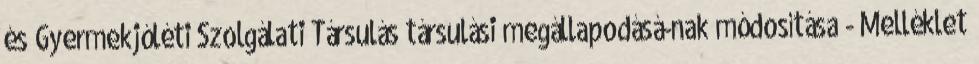
és Gyermekjóléti Szolgálati Társulás társulási megállapodásá-nak módosítása - Melléklet